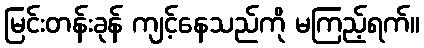
မြင်းတန်းခုန် ကျင့်နေသည်ကို မကြည့်ရက်။